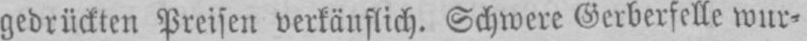
gedrückten Preisen verkäuflich. Schwere Gerberfelle wur⸗